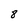
Character: 8